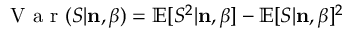
\mathrm { ~ V ~ a ~ r ~ } ( S | { \bf n } , \beta ) = \mathbb { E } [ S ^ { 2 } | { \bf n } , \beta ] - \mathbb { E } [ S | { \bf n } , \beta ] ^ { 2 }